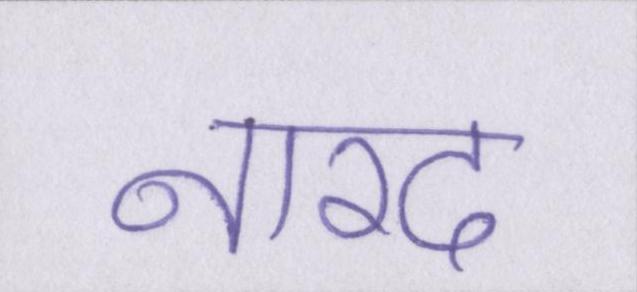
नारद